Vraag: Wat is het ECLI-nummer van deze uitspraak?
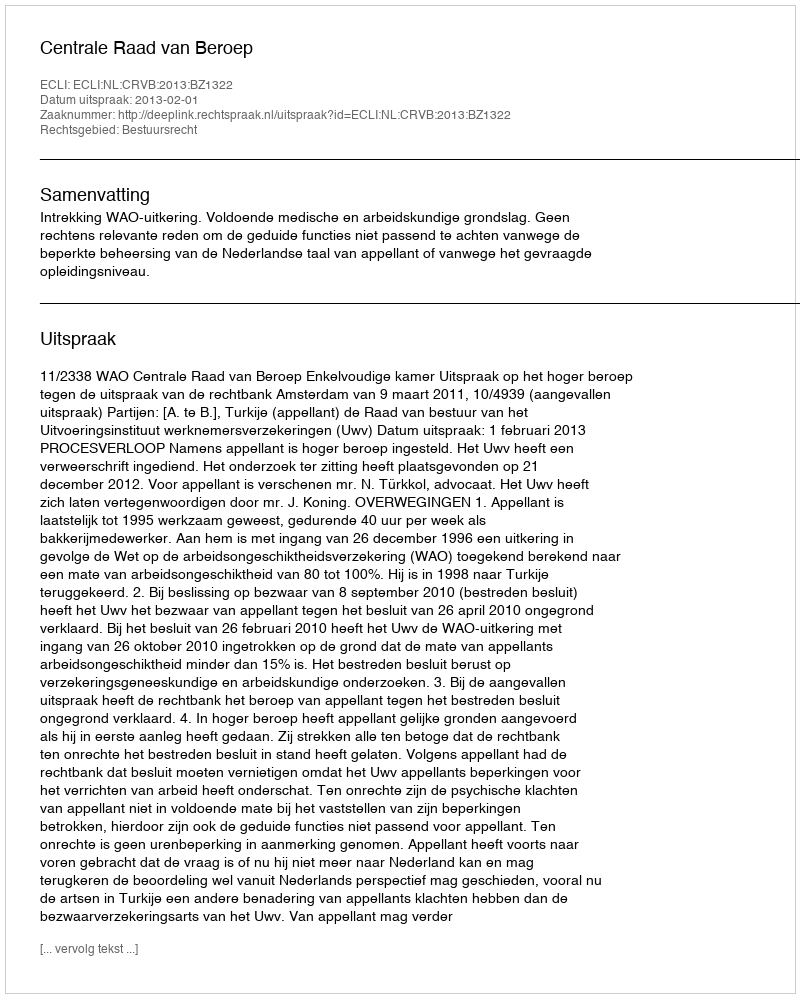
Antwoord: ECLI:NL:CRVB:2013:BZ1322